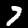
Label: 7